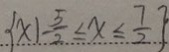
\{ x \vert - \frac { 5 } { 2 } \leq x \leq \frac { 7 } { 2 } \}